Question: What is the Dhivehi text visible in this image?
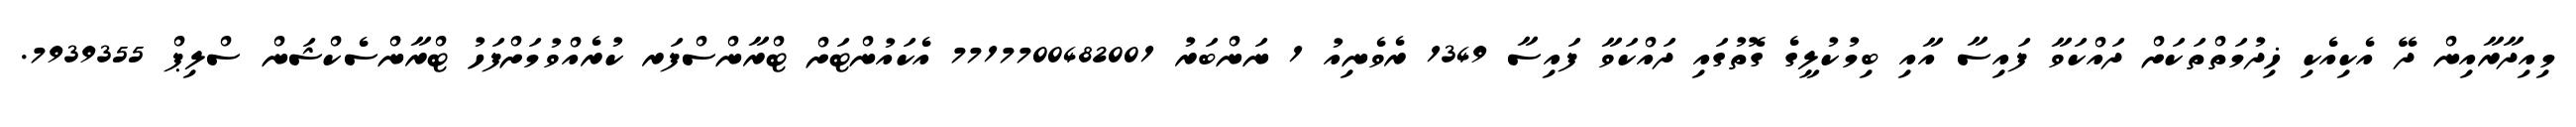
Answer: މިއިދާރާއިން ދޭ އެކިއެކި ޚިދުމަތްތަކަށް ދައްކަވާ ފައިސާ އާއި ބިމުކުލީގެ ގޮތުގައި ދައްކަވާ ފައިސާ 1349 ރެވެނިއު 1 ނަންބަރު 7717700482001 އެކައުންޓަށް ޓްރާންސްފަރ ކުރެއްވުމަށްފަހު ޓްރާންސެކްޝަން ސްލިޕް 7939355.